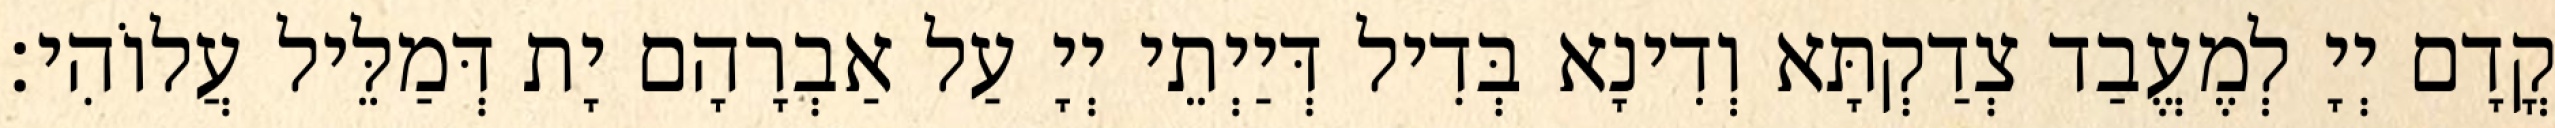
קֳדָם יְיָ לְמֶעֱבַד צְדַקְתָּא וְדִינָא בְּדִיל דְּיַיְתֵי יְיָ עַל אַבְרָהָם יָת דְּמַלֵּיל עֲלוֹהִי׃